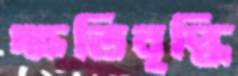
ক্ষতিবৃদ্ধি